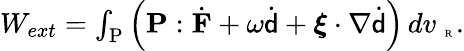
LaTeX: \begin{array}{r}{W_{ext}=\int_{\mathrm{P}}\left(\mathbf{P}:\dot{\mathbf{F}}+\omega\dot{{\mathsf{d}}}+\boldsymbol{\xi}\cdot\nabla\dot{{\mathsf{d}}}\right)\, dv_{\mathrm{~\tiny~R~}}.}\end{array}